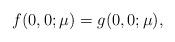
LaTeX: \begin{align*}f(0,0;\mu) = g(0,0;\mu),\end{align*}